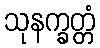
သုနက္ခတ္တံ